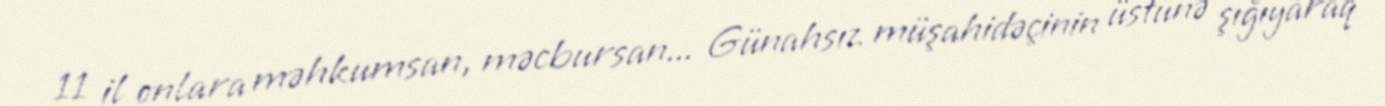
11 il onlara məhkumsan, məcbursan... Günahsız müşahidəçinin üstünə şığıyaraq